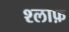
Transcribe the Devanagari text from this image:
श्लाफ़